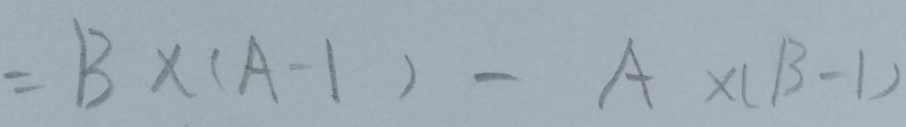
= B \times ( A - 1 ) - A \times ( B - 1 )